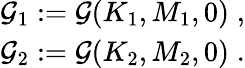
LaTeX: \begin{array}{r}{\mathcal{G}_{1}:=\mathcal{G}(K_{1},M_{1},0)\; ,}\\ {\mathcal{G}_{2}:=\mathcal{G}(K_{2},M_{2},0)\; .}\end{array}